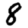
Digit: 8